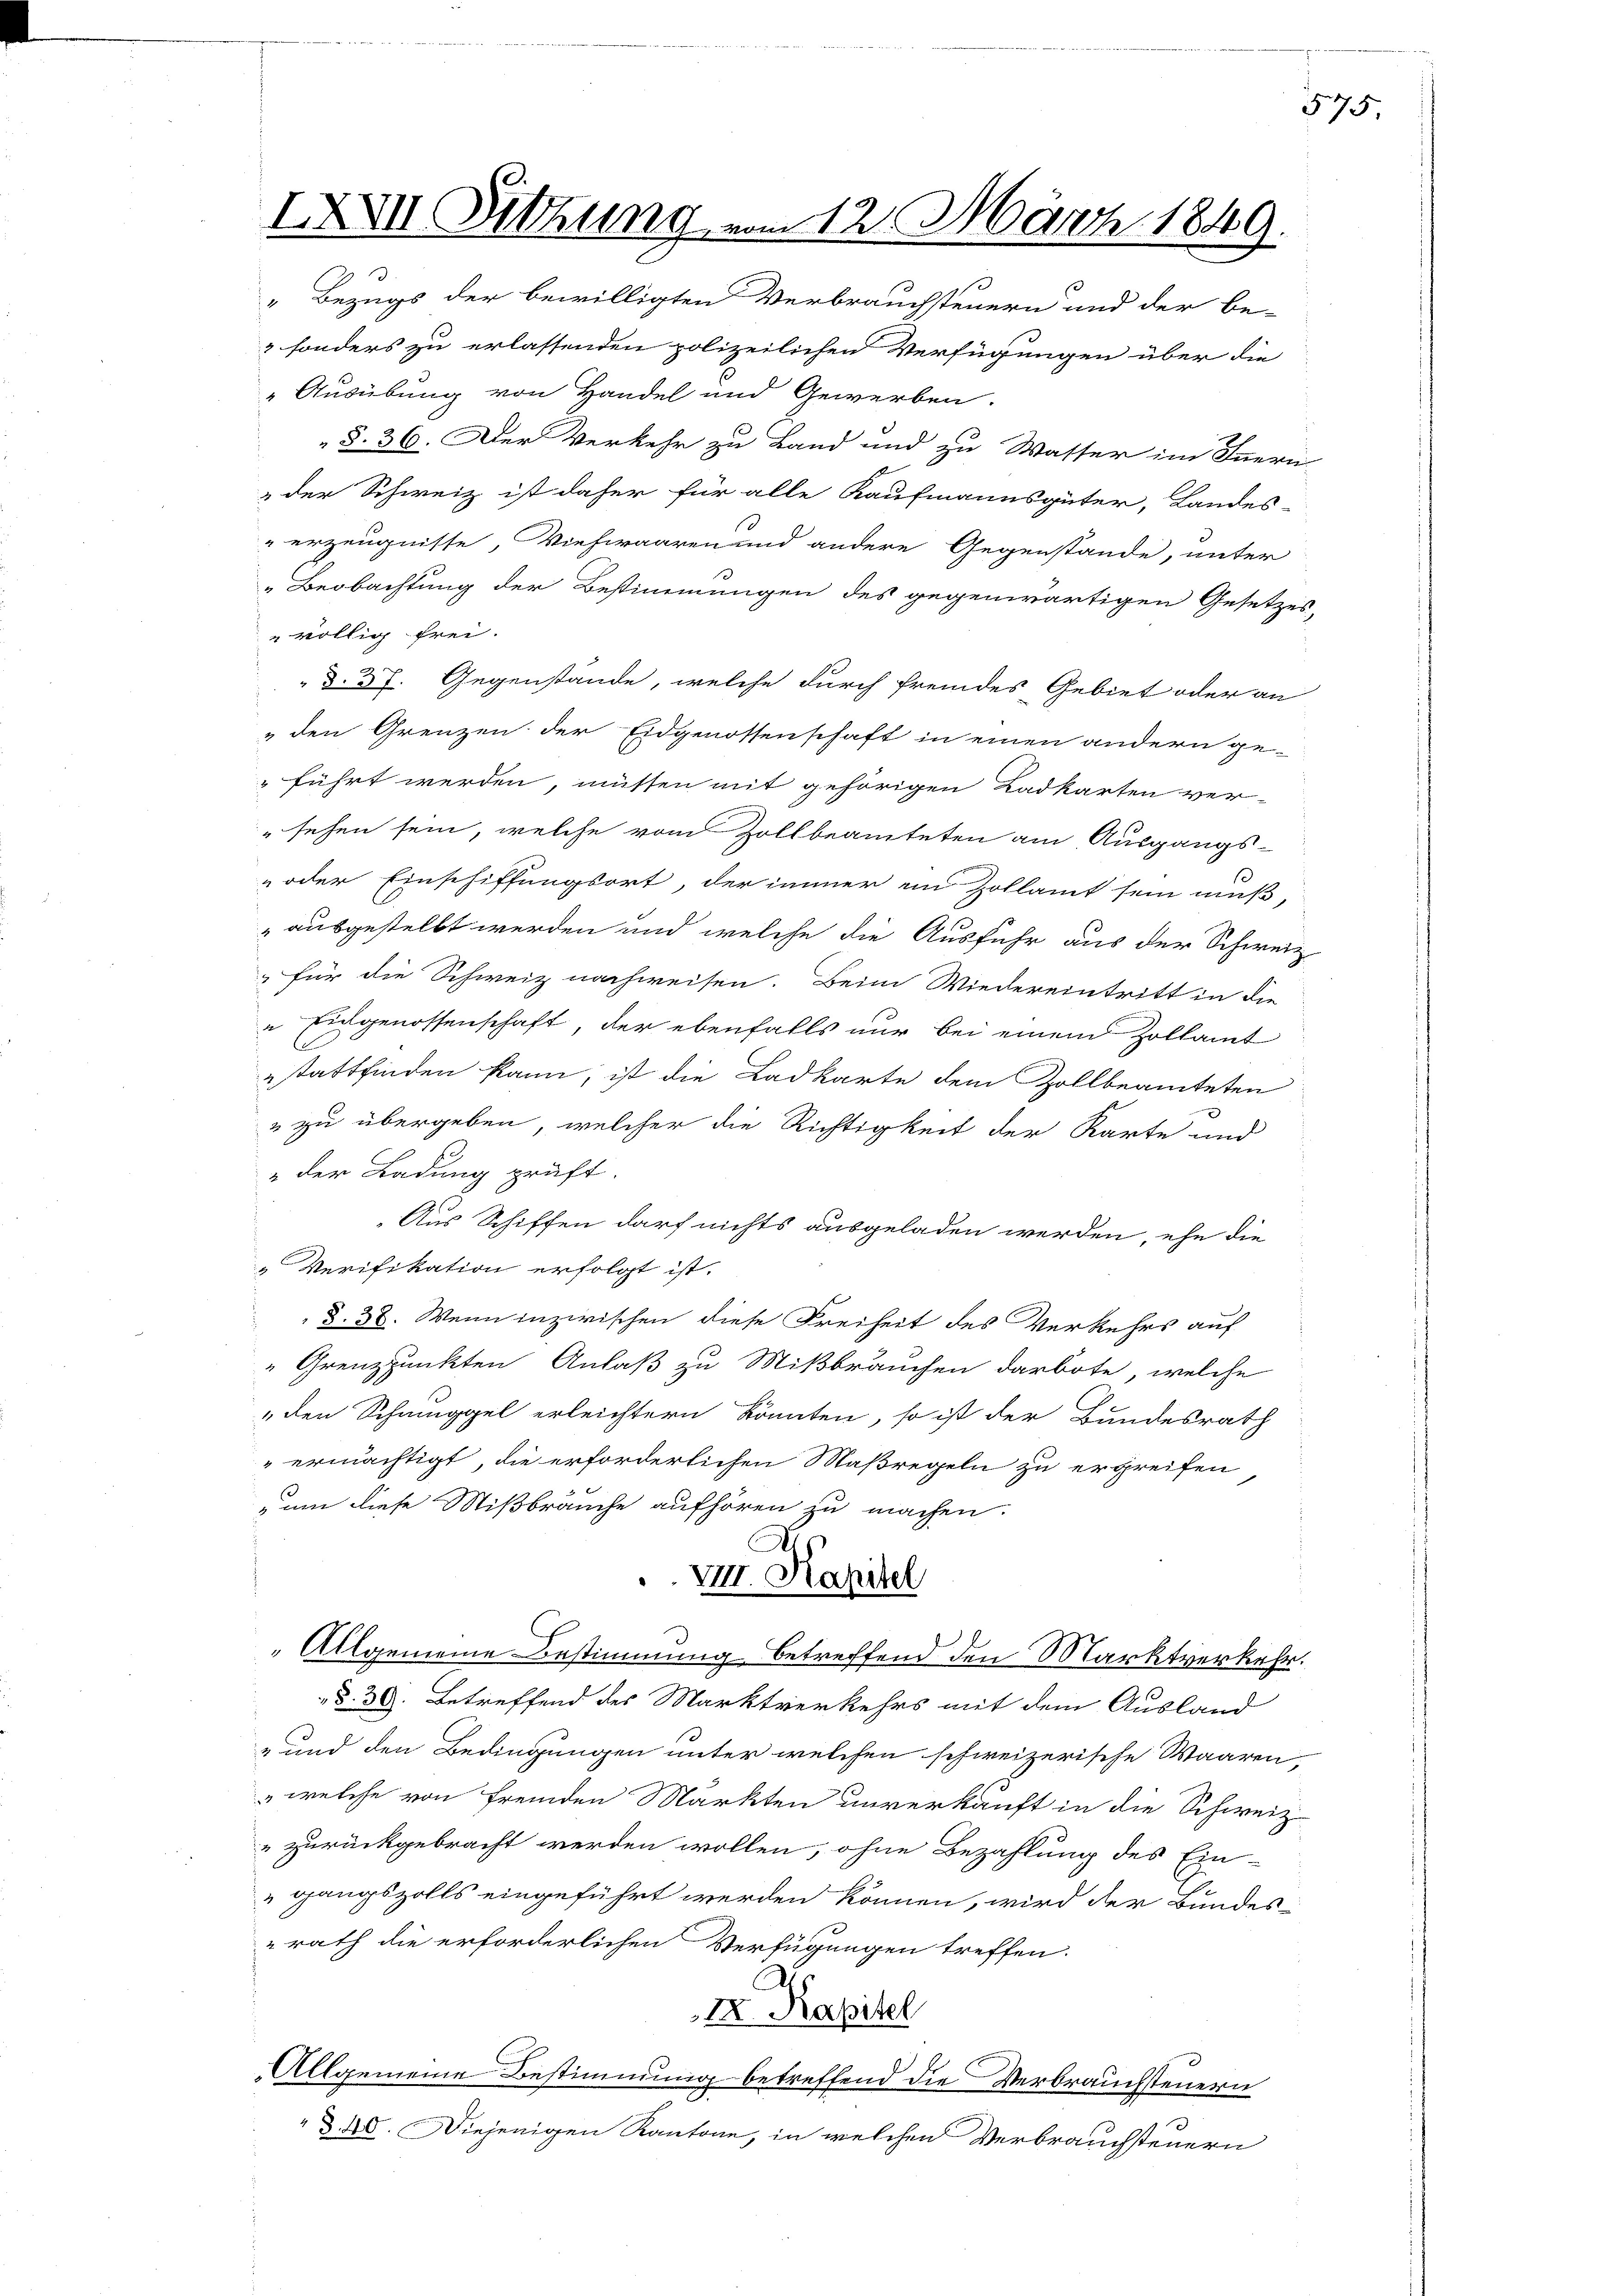
IXXVII. Sitzung vom 12. März 1849.

Bezugs der bewilligten Verbrauchsteuern und der be-
2 sonders zu erlassenden polizeilichen Verfügungen über die
Ausübung von Handel und Gewerben.
§. 36. Der Verkehr zu Land und zu Wasser im Innern
der Schweiz ist daher für alle Kaufmannsgüter, Landes-
erzeugnisse Viehwaaren und andere Gegenstände, unter
Beobachtung der Bestimmungen des gegenwärtigen Gesetzes-
 völlig frei.
§. 37. Gegenstände, welche durch fremdes Gebiet oder an
" den Grenzen der Eidgenossenschaft in einen andern ge-
führt werden, müssen mit gehörigen Badkarten ver-
"sehen sein, welche vom Zollbeamteten am Ausgangs-
1
 oder Einschiffungsort, der immer im Zollamt sein muß,
„ausgestellt werden und welche die Ausfuhr aus der Schweiz
für die Schweiz nachweisen. Beim Wiedereintritt in die
" Eichgenossenschaft, der ebenfalls nur bei einem Zollamt
stattfinden kann; ist die Ladkarte dem Zollbeamteten
u zu übergeben, welcher die Richtigkeit der Karte und
„der Ladung prüft.
Aus Schiffen darf nichts ausgeladen werden, ehe die
" Verifikation erfolgt ist.
§. 38. Wenn inzwischen diese Freiheit des Verkehrs auf
" Grenzpunkten Anlaß zu Mißbräuchen darbote, welche
" den Schmuggel erleichtern könnten, so ist der Bundesrath
ermächtigt, die erforderlichen Maßregeln zu ergreifen,
um diese Mißbrauche aufhören zu machen.
VII. Kapitel
 Allgemeine Bestimmung betreffend den Marktverkehr.
§. 30. Betreffend des Marktverkehrs mit dem Ausland
-und den Bedingungen unter welchen schweizerische Waaren,
 welche von fremden Markten unverkauft in die Schweiz
" zurückgebracht werden wollen, ohne Bezahlung des Ein-
gangszolls eingeführt werden können, wird der Bundes-
rath die erforderlichen Verfügungen treffen.
IX Kapitel
Allgemeine Bestimmung betreffend die Verbrauchsteuern
d. 40. Diejenigen Kantone, in welchen Verbrauchsteuern

575.